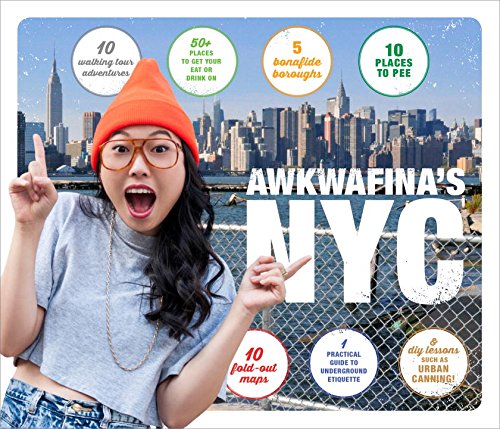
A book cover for Awkwafina's NYC; Nora Lum; Travel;